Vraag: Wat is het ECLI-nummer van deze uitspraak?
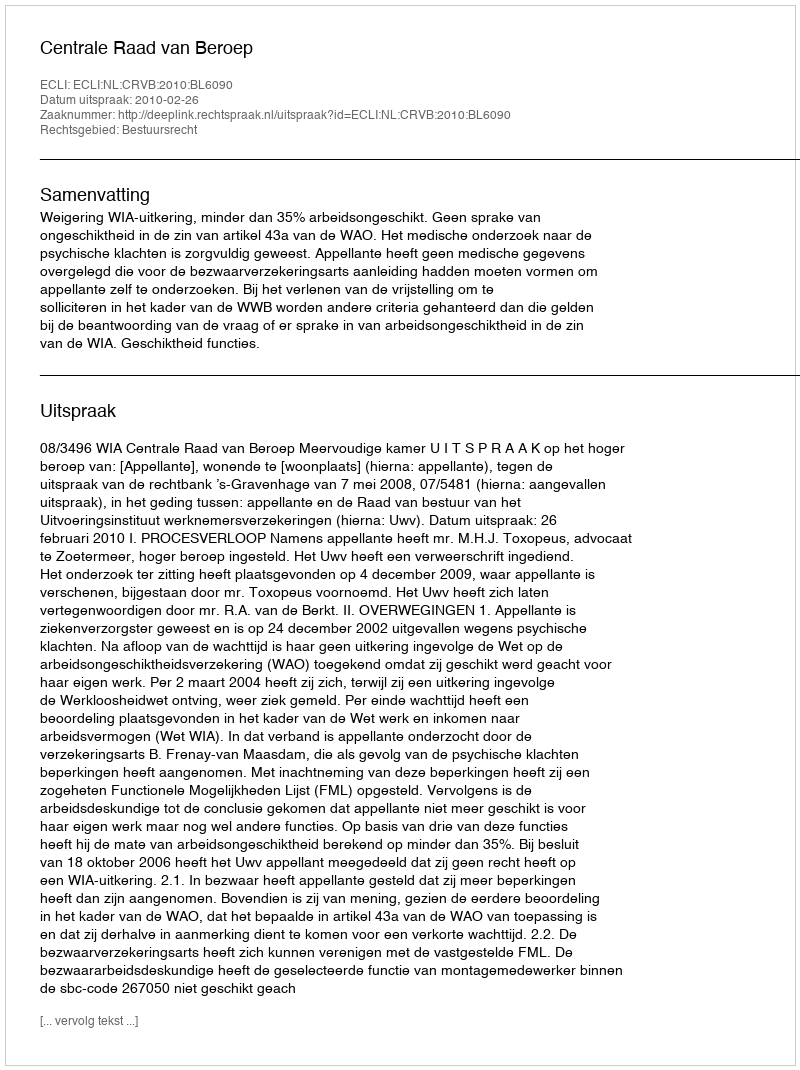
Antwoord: ECLI:NL:CRVB:2010:BL6090